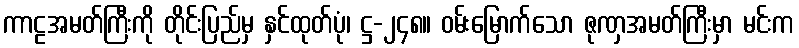
ကာဠအမတ်ကြီးကို တိုင်းပြည်မှ နှင်ထုတ်ပုံ၊ ဋ္ဌ-၂၄၈။ ဝမ်းမြောက်သော ဇုဏှအမတ်ကြီးမှာ မင်းက